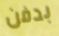
بدفن